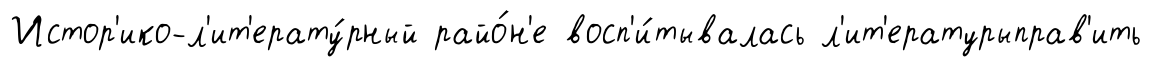
Истор'ико-л'ит'ерату́рный райо́н'е восп'и́тывалась л'ит'ературыправ'ить